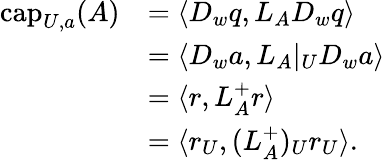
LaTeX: \begin{array}{rl}{\mathrm{cap}_{U,a}(A)}&{=\langle D_{w}q,L_{A}D_{w}q\rangle}\\ &{=\langle D_{w}a,L_{A}|_{U}D_{w}a\rangle}\\ &{=\langle r,L_{A}^{+}r\rangle}\\ &{=\langle r_{U},(L_{A}^{+})_{U}r_{U}\rangle.}\end{array}